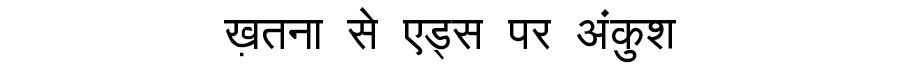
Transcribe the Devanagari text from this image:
ख़तना से एड्स पर अंकुश